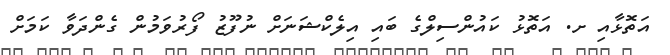
އަތޮޅާއި ށ. އަތޮޅު ކައުންސިލްގެ ބައި އިލެކްޝަނަށް ނުފޫޒު ފޯރުވަމުން ގެންދަވާ ކަމަށް